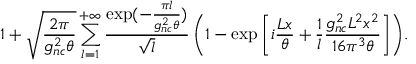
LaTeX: \displaystyle { 1 + \sqrt { \frac { 2 \pi } { g _ { n c } ^ { 2 } \theta } } \sum _ { l = 1 } ^ { + \infty } \frac { \exp ( - \frac { \pi l } { g _ { n c } ^ { 2 } \theta } ) } { \sqrt { l } } \left( 1 - \exp \left[ i \frac { L x } { \theta } + \frac { 1 } { l } \frac { g _ { n c } ^ { 2 } L ^ { 2 } x ^ { 2 } } { 1 6 \pi ^ { 3 } \theta } \right] \right) } .